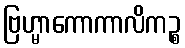
ဗြဟ္မာကောကာလိကဉ္စ